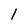
Character: 1